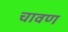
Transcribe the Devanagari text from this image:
चावण